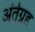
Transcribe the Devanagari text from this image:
अंर्तग्रह